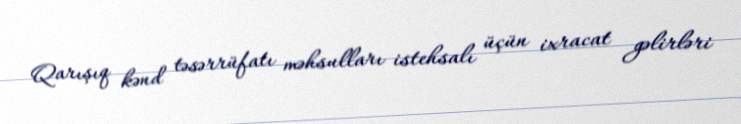
Qarışıq kənd təsərrüfatı məhsulları istehsalı üçün ixracat gəlirləri